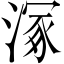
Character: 𣹞